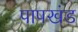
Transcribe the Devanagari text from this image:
पापखंड